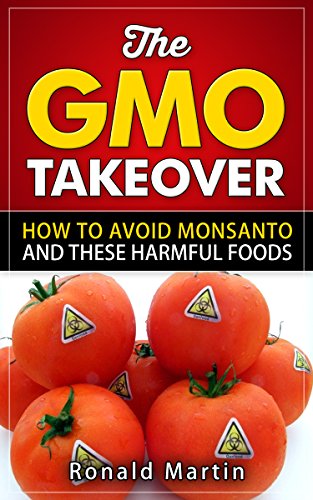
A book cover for The GMO Takeover: How to Avoid Monsanto and These Harmful Foods (GMO, Genetically Modified Foods) (Avoiding Toxic GMO Foods and Monsanto to Stay Healthy Book 1); Ronald Martin; Health, Fitness & Dieting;